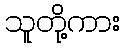
သူတို့ကား